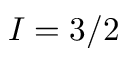
I = 3 / 2